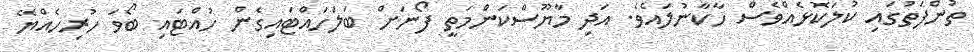
ތުންފަތުގައި ކުލަކޮޅެއްވެސް ހާކާނުލައެވެ. އަދި މާޔޫސްކަންމަތީ ފޯނަށް ބަލަހައްޓައިގެން ހުއްޓައި ބޯވަ ހުރިހެއްޔޭ